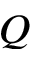
Q